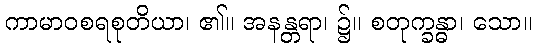
ကာမာဝစရစုတိယာ၊ ၏။ အနန္တရာ၊ ၌။ စတုက္ခန္ဓာ၊ သော။